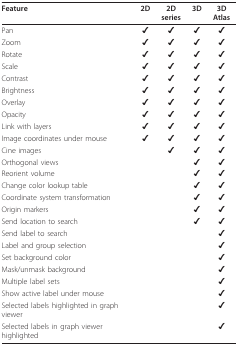
<table><thead><tr><td><b>Feature</b></td><td><b>2D</b></td><td><b>2D series</b></td><td><b>3D</b></td><td><b>3D Atlas</b></td></tr></thead><tbody><tr><td>Pan</td><td>✔</td><td>✔</td><td>✔</td><td>✔</td></tr><tr><td>Zoom</td><td>✔</td><td>✔</td><td>✔</td><td>✔</td></tr><tr><td>Rotate</td><td>✔</td><td>✔</td><td>✔</td><td>✔</td></tr><tr><td>Scale</td><td>✔</td><td>✔</td><td>✔</td><td>✔</td></tr><tr><td>Contrast</td><td>✔</td><td>✔</td><td>✔</td><td>✔</td></tr><tr><td>Brightness</td><td>✔</td><td>✔</td><td>✔</td><td>✔</td></tr><tr><td>Overlay</td><td>✔</td><td>✔</td><td>✔</td><td>✔</td></tr><tr><td>Opacity</td><td>✔</td><td>✔</td><td>✔</td><td>✔</td></tr><tr><td>Link with layers</td><td>✔</td><td>✔</td><td>✔</td><td>✔</td></tr><tr><td>Image coordinates under mouse</td><td>✔</td><td>✔</td><td>✔</td><td>✔</td></tr><tr><td>Cine images</td><td></td><td>✔</td><td>✔</td><td>✔</td></tr><tr><td>Orthogonal views</td><td></td><td></td><td>✔</td><td>✔</td></tr><tr><td>Reorient volume</td><td></td><td></td><td>✔</td><td>✔</td></tr><tr><td>Change color lookup table</td><td></td><td></td><td>✔</td><td>✔</td></tr><tr><td>Coordinate system transformation</td><td></td><td></td><td>✔</td><td>✔</td></tr><tr><td>Origin markers</td><td></td><td></td><td>✔</td><td>✔</td></tr><tr><td>Send location to search</td><td></td><td></td><td>✔</td><td>✔</td></tr><tr><td>Send label to search</td><td></td><td></td><td></td><td>✔</td></tr><tr><td>Label and group selection</td><td></td><td></td><td></td><td>✔</td></tr><tr><td>Set background color</td><td></td><td></td><td></td><td>✔</td></tr><tr><td>Mask/unmask background</td><td></td><td></td><td></td><td>✔</td></tr><tr><td>Multiple label sets</td><td></td><td></td><td></td><td>✔</td></tr><tr><td>Show active label under mouse</td><td></td><td></td><td></td><td>✔</td></tr><tr><td>Selected labels highlighted in graph viewer</td><td></td><td></td><td></td><td>✔</td></tr><tr><td>Selected labels in graph viewer highlighted</td><td></td><td></td><td></td><td>✔</td></tr></tbody></table>